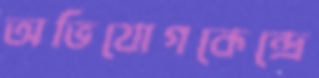
অভিযোগকেন্দ্রে